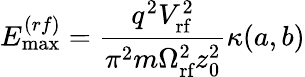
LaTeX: E_{\textrm{max}}^{(rf)}=\frac{q^{2}V_{\textrm{rf}}^{2}}{\pi^{2}m\Omega_{\textrm{rf}}^{2}z_{0}^{2}}\kappa(a,b)